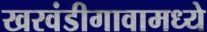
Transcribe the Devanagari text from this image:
खरवंडीगावामध्ये